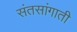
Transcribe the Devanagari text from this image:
संतसांगाती